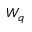
W _ { q }